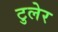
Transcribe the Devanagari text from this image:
टुलेर